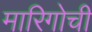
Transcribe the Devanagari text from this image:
मारिगोची